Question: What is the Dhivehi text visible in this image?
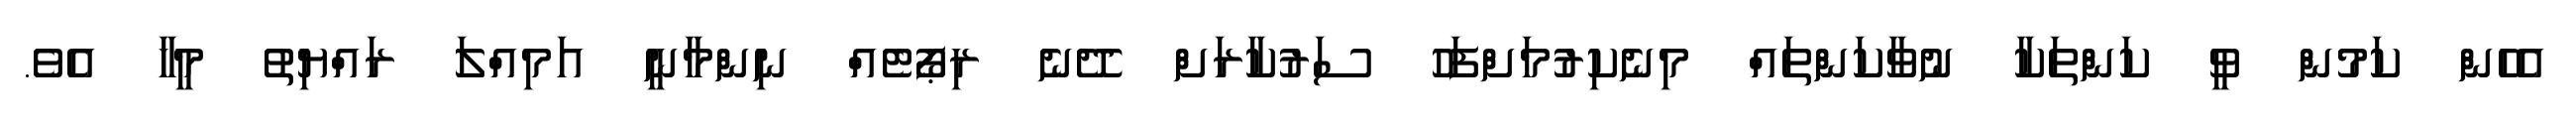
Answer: އެހެން ކަމުން ވީ ކަންތަކާ ނުވާކަންތައް މިނެކިރުމަށްފަހު ސަރުކާރަށް ދޭނެ ރިޕޯޓެއް ނިންމާނީ އަމިއްލަ ރައްޔިތު މީހާ އެވެ.